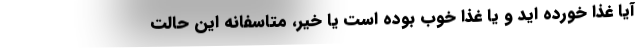
آیا غذا خورده اید و یا غذا خوب بوده است یا خیر، متاسفانه این حالت